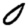
Digit: 0